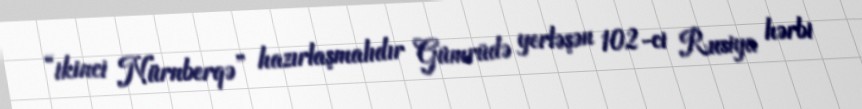
“ikinci Nürnberqə” hazırlaşmalıdır Gümrüdə yerləşən 102-ci Rusiya hərbi